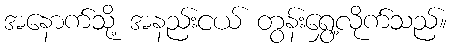
အနောက်သို့ အနည်းငယ် တွန်းရွှေ့လိုက်သည်။